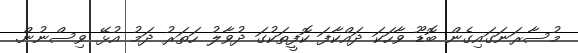
މުސާރަނަގައިގެން ބޮޑޫ ވާހަކަ ދައްކާފަ ކޮފީތަކުގަ ދުވާލު ހަތަރު ދަމު އުޅޭ ވިސްނުން.